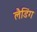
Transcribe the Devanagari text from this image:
लैडिंग